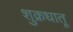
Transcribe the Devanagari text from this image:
शुक्रधातू